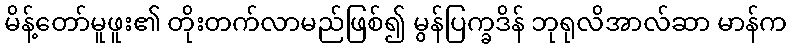
မိန့်တော်မူဖူး၏ တိုးတက်လာမည်ဖြစ်၍ မွန်ပြက္ခဒိန် ဘုရုလိအာလ်ဆာ မာန်က